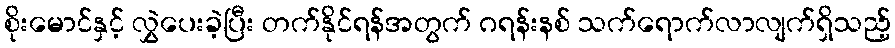
စိုးမောင်နှင့် လွှဲပေးခဲ့ပြီး တက်နိုင်ရန်အတွက် ဂရန်းနစ် သက်ရောက်လာလျက်ရှိသည့်